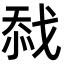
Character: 𢧏